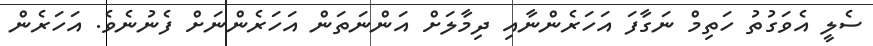
ސެލީ އެވަގުތު ހަތިމް ނަގާފަ އަހަރެންނާއި ދިމާލަށް އަންނަތަން އަހަރެންނަށް ފެނުނެވެ. އަހަރެން